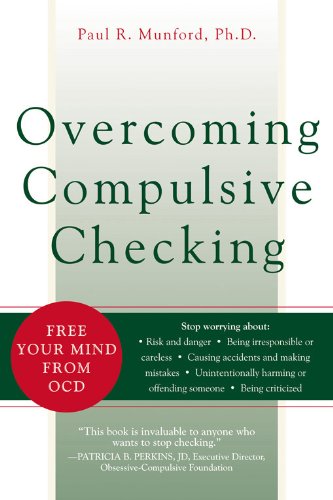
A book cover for Overcoming Compulsive Checking: Free Your Mind from OCD; Paul Munford; Health, Fitness & Dieting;